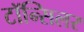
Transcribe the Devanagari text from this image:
टॉन्सिलर